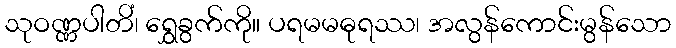
သုဝဏ္ဏပါတိံ၊ ရွှေခွက်ကို။ ပရမမဓုရဿ၊ အလွန်ကောင်းမွန်သော